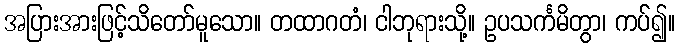
အပြားအားဖြင့်သိတော်မူသော။ တထာဂတံ၊ ငါဘုရားသို့။ ဥပသင်္ကမိတွာ၊ ကပ်၍။